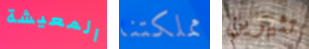
المعيشة مملكتنا تثيرين